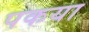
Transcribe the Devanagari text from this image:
पकया